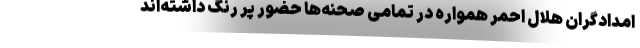
امدادگران هلال احمر همواره در تمامی صحنه‌ها حضور پر رنگ داشته‌اند